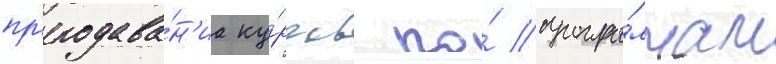
пр'еподава́н'иа ку́рсов по́ програ́ммам